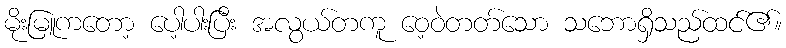
မိုးမြူကတော့ ပေါ့ပါးပြီး အလွယ်တကူ ဝေ့ဝဲတတ်သော သဘောရှိသည်ထင်၏။